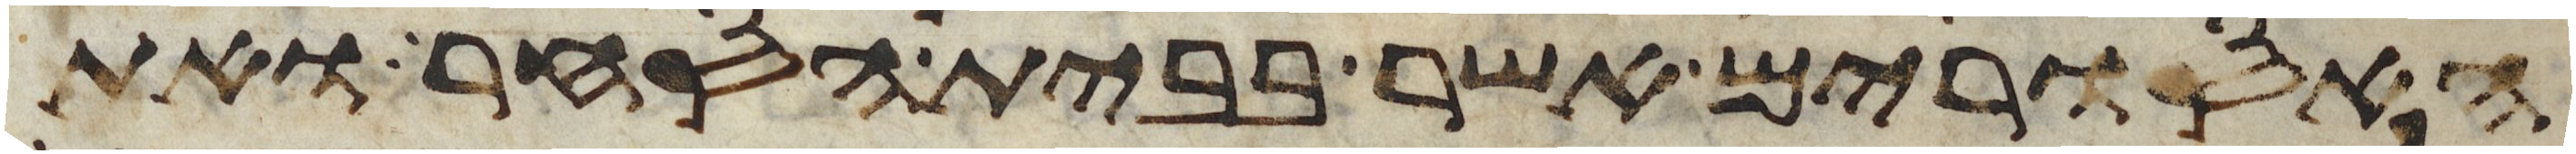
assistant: האסורים אשר בבית הסחר ואת